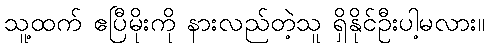
သူ့ထက် ဧပြီမိုးကို နားလည်တဲ့သူ ရှိနိုင်ဦးပါ့မလား။